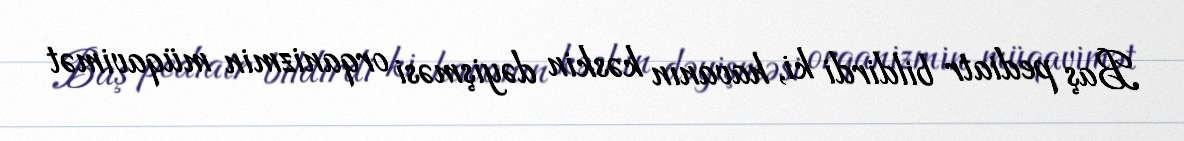
Baş pediatr bildirdi ki, havanın kəskin dəyişməsi orqanizmin müqavimət